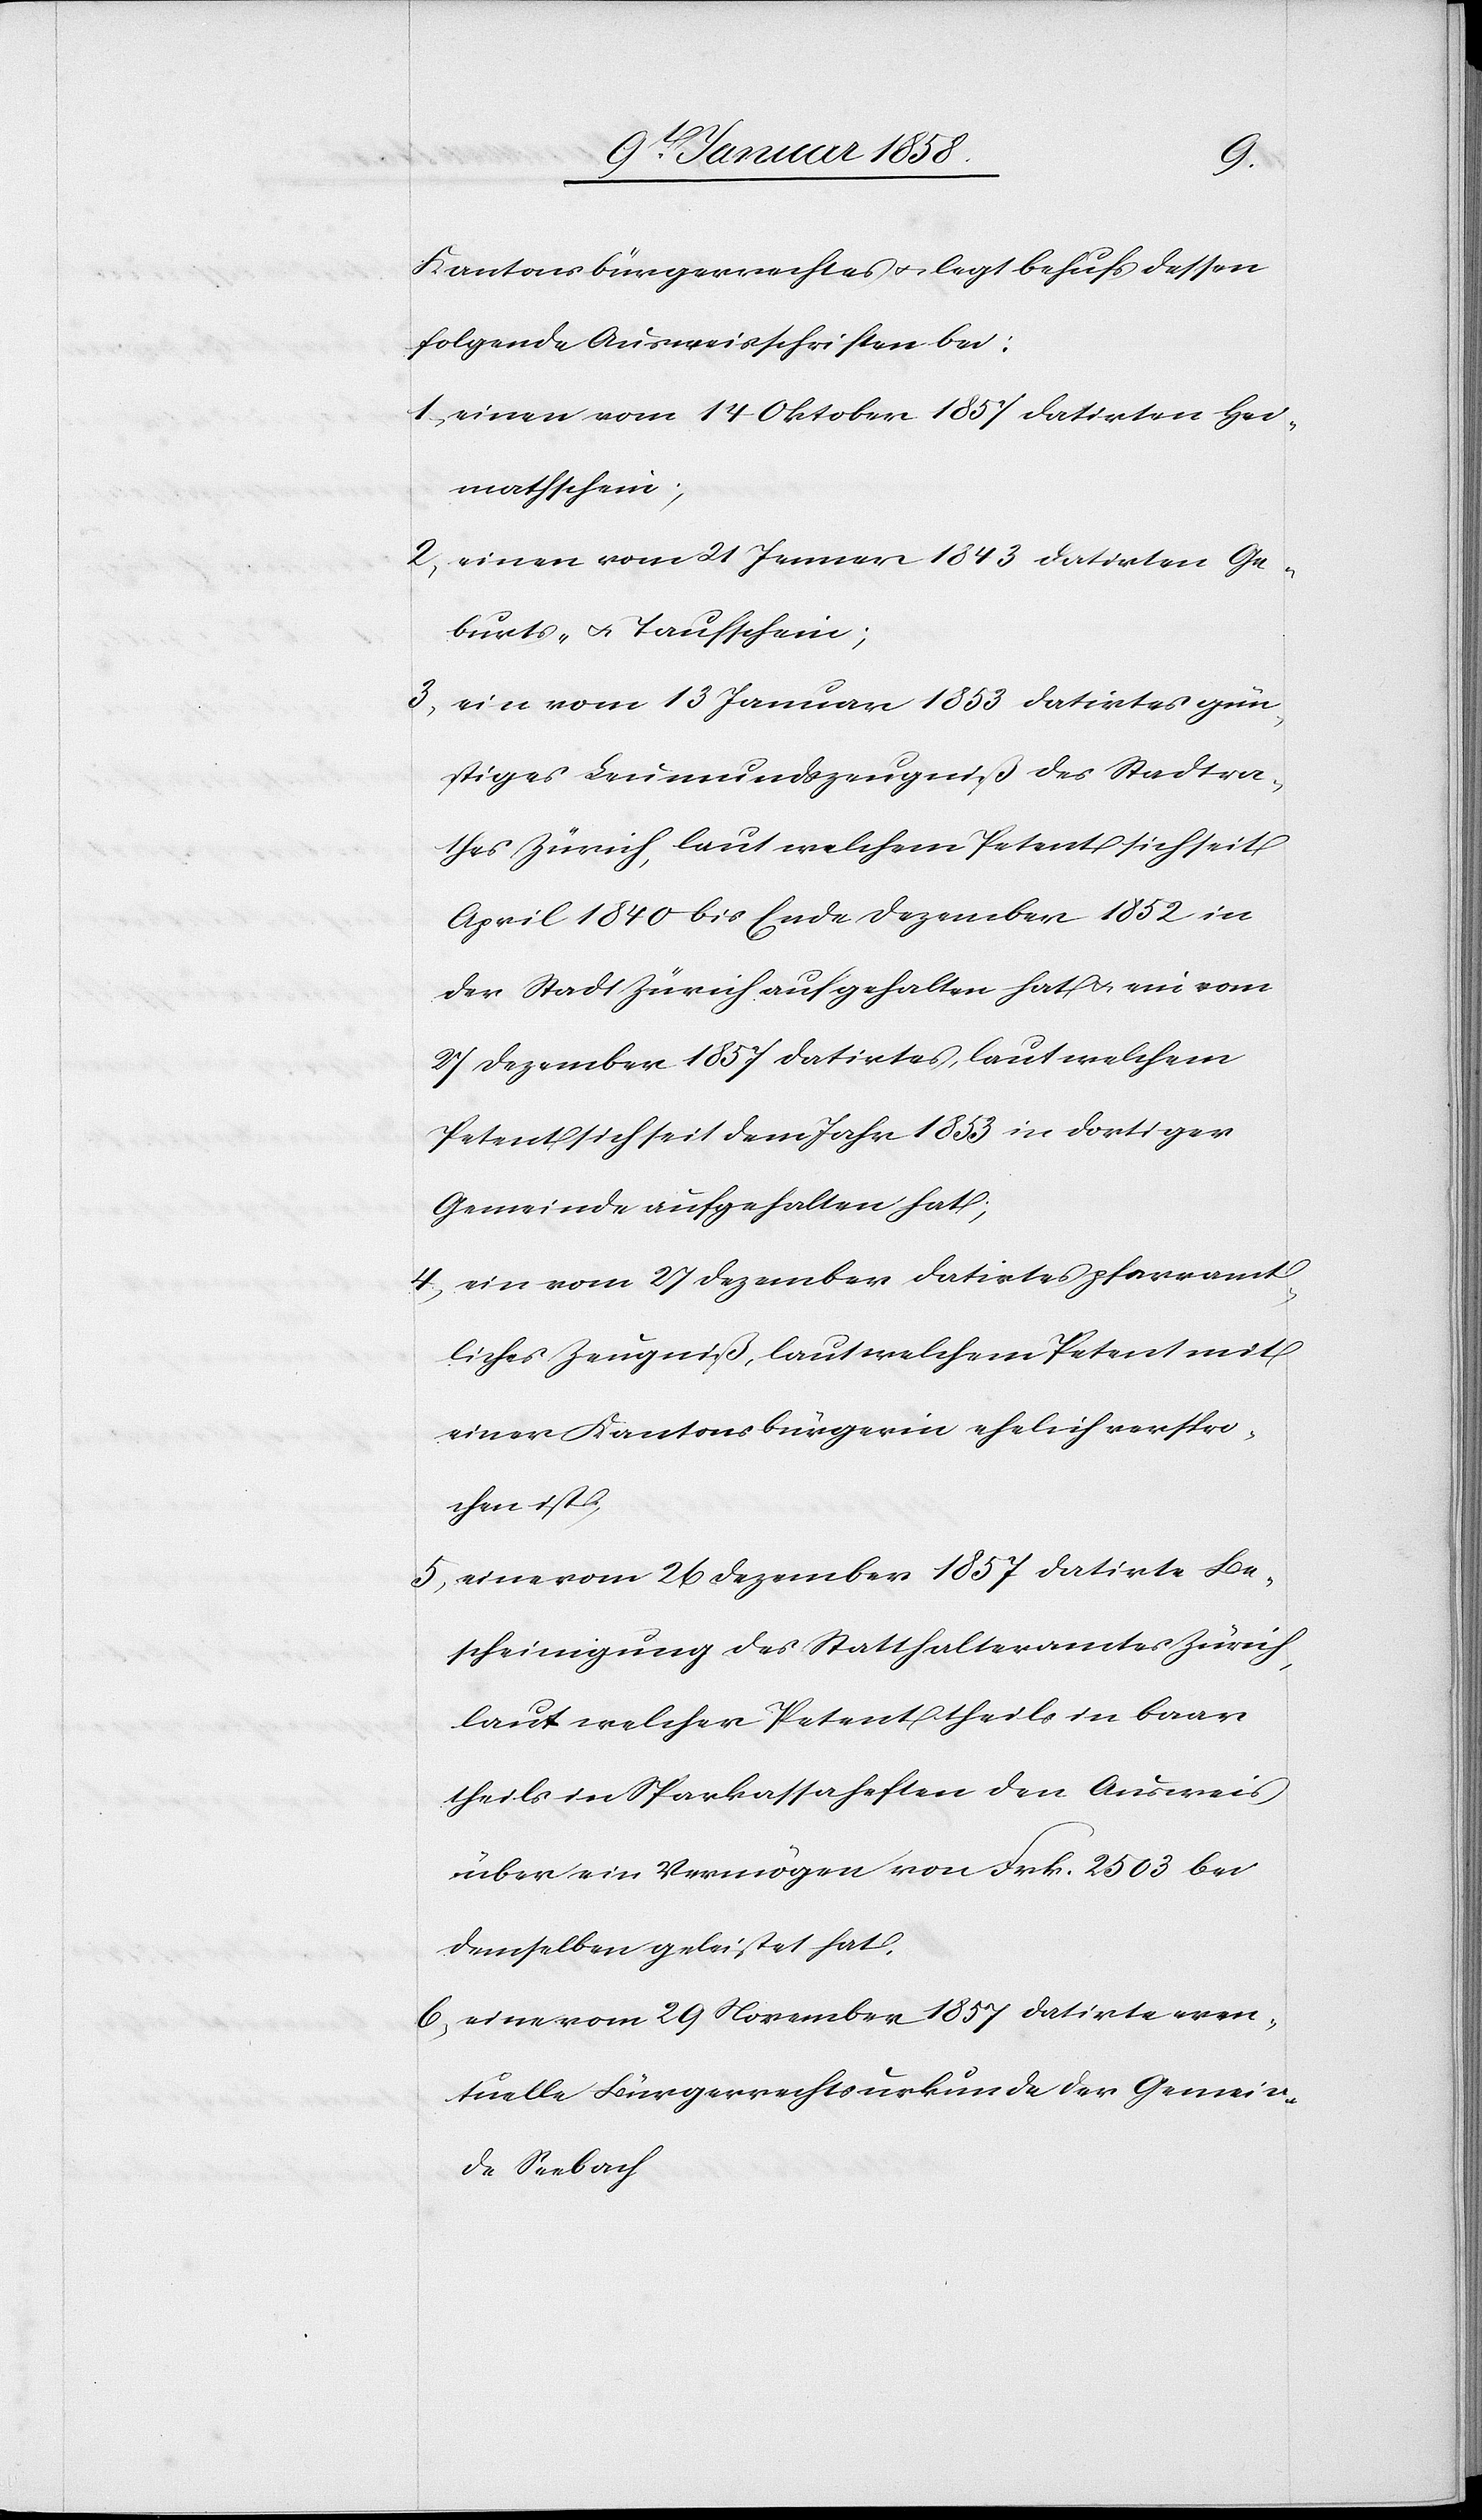
Kantonsbürgerrechtes u. legt behufs dessen
folgende Ausweisschriften bei:
1. einen vom 14 Oktober 1857 datirten Hei¬
mathschein;
2. einen vom 21 Jenner 1843 datirten Ge¬
burts- u. Taufschein;
3.
ein vom 13 Januar 1853 datirtes gün¬
stiges Leumundszeugniß des Stadtra¬
thes Zürich, laut welchem Petent sich seit
April 1840 bis Ende Dezember 1852 in
der Stadt Zürich aufgehalten hat u. ein vom
27 Dezember 1857 datirtes, laut welchem
Petent sich seit dem Jahr 1853 in dortiger
Gemeinde aufgehalten hat;
4. ein vom 27 Dezember datirtes pfarramt¬
liches Zeugniß, laut welchem Petent mit
einer Kantonsbürgerin ehelich verspro¬
chen ist;
5. eine vom 26 Dezember 1857 datirte Be¬
scheinigung des Statthalteramtes Zürich,
laut welcher Petent theils in baar
theils in Sparkassaheften den Ausweis
über ein Vermögen von Frk. 2503 bei
demselben geleistet hat;
6. eine vom 29 November 1857 datirte even¬
tuelle Bürgerrechtsurkunde der Gemein¬
de Seebach